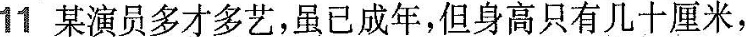
11 某演员多才多艺，虽已成年，但身高只有几十厘米，